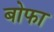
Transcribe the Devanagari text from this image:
बोफा